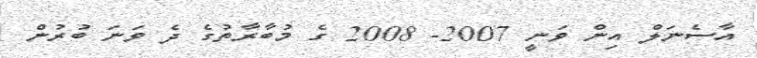
އާސެނަލް އިން ވަނީ 2007- 2008 ގެ މުބާރާތުގެ ދެ ވަނަ ބުރުން